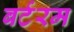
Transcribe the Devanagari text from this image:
बर्टरम